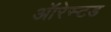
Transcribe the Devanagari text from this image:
ऑरेस्टड